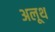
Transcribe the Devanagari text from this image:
अलूथ